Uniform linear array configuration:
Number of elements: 32
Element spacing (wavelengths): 0.5
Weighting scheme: blackman
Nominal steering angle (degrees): -60
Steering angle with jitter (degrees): -59.227
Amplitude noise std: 0.05
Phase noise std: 0.05

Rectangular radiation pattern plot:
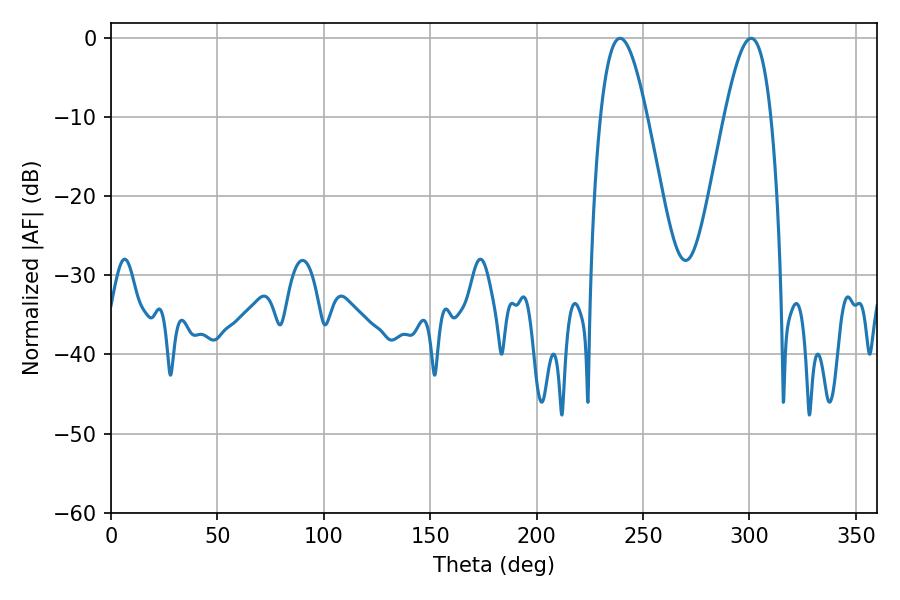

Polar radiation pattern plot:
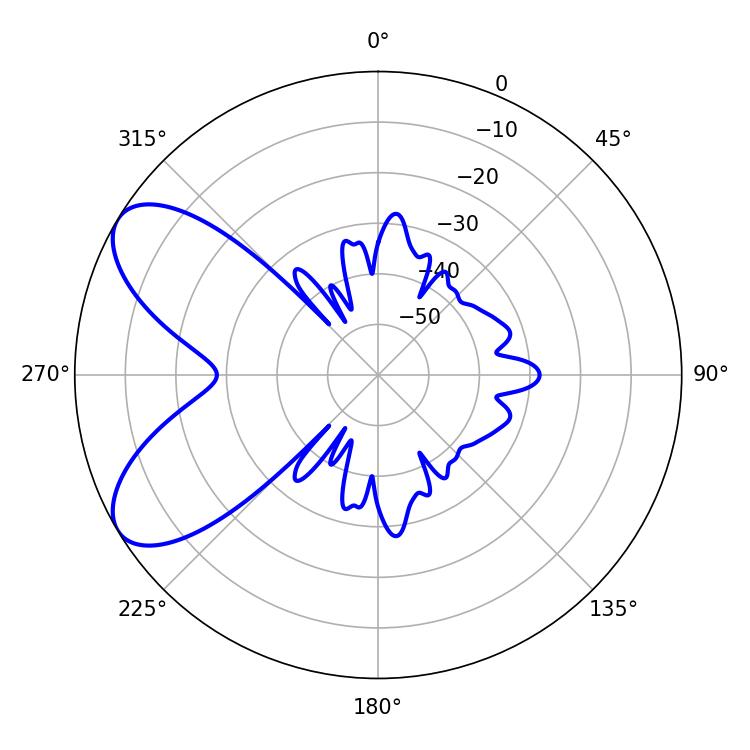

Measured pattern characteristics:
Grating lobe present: FALSE
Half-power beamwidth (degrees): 11.88
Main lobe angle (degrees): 239.22